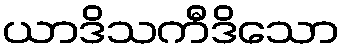
ယာဒိသကီဒိသော